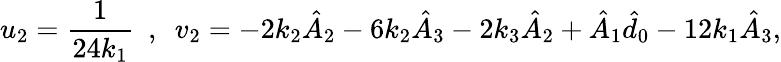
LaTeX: u_{2}=\frac{1}{24k_{1}}~~,~~v_{2}=-2k_{2}\hat{A}_{2}-6k_{2}\hat{A}_{3}-2k_{3}\hat{A}_{2}+\hat{A}_{1}\hat{d}_{0}-12k_{1}\hat{A}_{3},